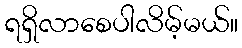
ရရှိလာစေပါလိမ့်မယ်။